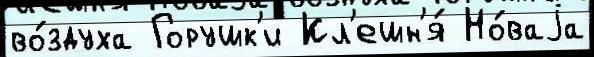
во́здуха Горушк'и Кл'ешн'я́ Но́ваjа